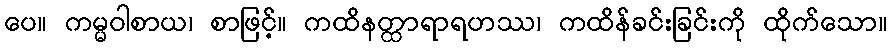
ပေ။ ကမ္မဝါစာယ၊ စာဖြင့်။ ကထိနတ္ထာရာရဟဿ၊ ကထိန်ခင်းခြင်းကို ထိုက်သော။